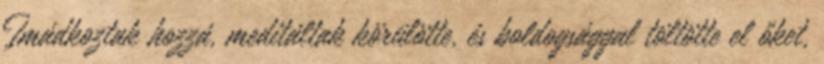
Imádkoztak hozzá, meditáltak körülötte, és boldogsággal töltötte el őket,